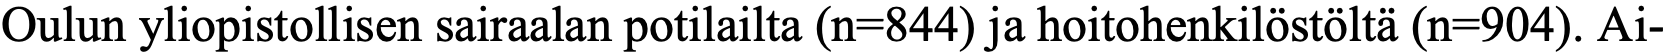
Oulun yliopistollisen sairaalan potilailta (n=844) ja hoitohenkilöstöltä (n=904). Ai-